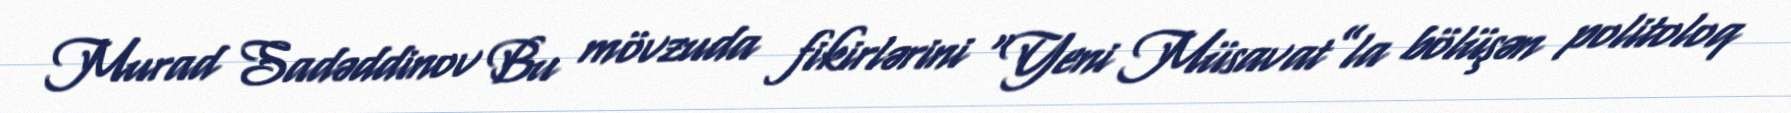
Murad Sadəddinov Bu mövzuda fikirlərini “Yeni Müsavat”la bölüşən politoloq